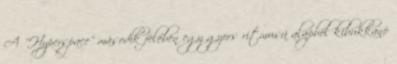
A "Hyperspace" második felében egy gyors ritmusú alapból kibukkanó